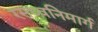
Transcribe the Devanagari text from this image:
रसध्वनिमार्ग